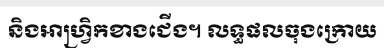
និងអាហ្វ្រិកខាងជើង។ លទ្ធផលចុងក្រោយ